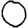
Digit: 0